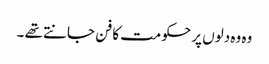
وہ وہ دلوں پر حکومت کا فن جانتے تھے ۔